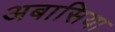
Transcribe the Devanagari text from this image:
अबासिया